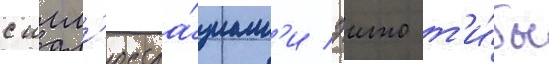
с илл'юстра́циам'и эито т'и́бы